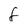
Character: f